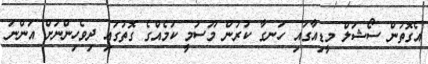
އެގޮތުން ސޯޝަލް މީޑިއާގައި ހަނގާ ކުރުން މޫސުމީ ކަމެއްގެ ގޮތުގައި ދިވެހިންނަށް އަންނަ